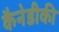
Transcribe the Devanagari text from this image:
कैनेडीकी